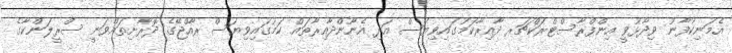
އެމަނިކުފާނު ވިދާޅުވީ އިންފްރާސްޓްރަކްޗަރ ދާއިރާކަމުގައިވިޔަސް އަދި އެނޫންދާއިރާތައް ކަމުގައިވިޔަސް ރާއްޖޭގެ ދޮރާށިތައްވަނީ ސްރީލަންކާގެ